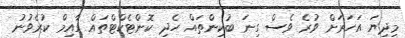
މިދިޔަ އަހަރަށް ވުރެ ވެސް ގިނަ ބުކިންތައް ހެދި ކޮންޓެކްޓްތައް ގާއިމް ކުރެވުނު